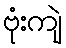
ဗုံးကျဲ